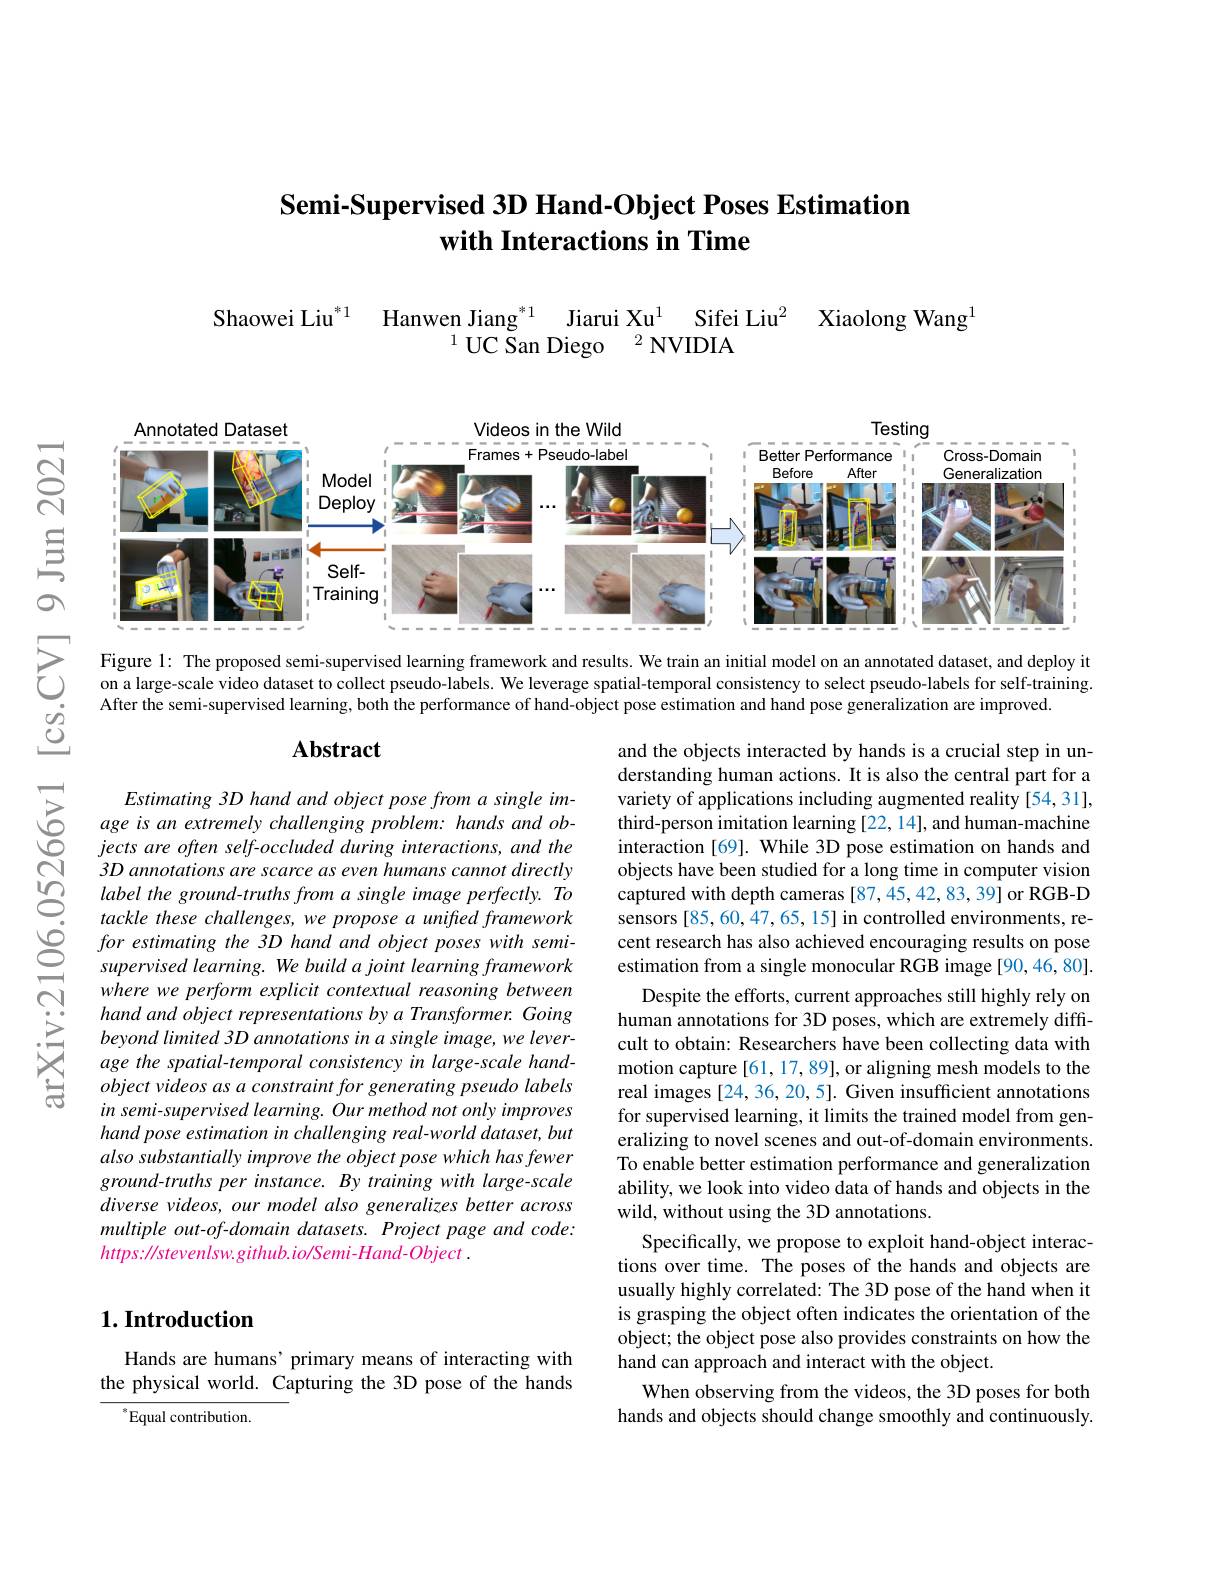
## Semi-Supervised 3D Hand-Object Poses Estimation with Interactions in Time

Jiarui Xu$^{1}$ Sifei Liu$^{2}$ Xiaolong Wang$^{1}$
Shaowei Liu$^{* 1}$ Hanwen Jiang$^{*1}$
$^{1}$UC San Diego$\:^2$NVIDIA

<FigureHere>

Figure 1: The proposed semi-supervised learning framework and results. We train an initial model on an annotated dataset, and deploy it on a large-scale video dataset to collect pseudo-labels. We leverage spatial-temporal consistency to select pseudo-labels for self-training. After the semi-supervised learning, both the performance of hand-object pose estimation and hand pose generalization are improved.

### $\mathbf{Abstract}$

$Estimating3Dhandandobjectposefromasingleim-$ age is an extremely challenging problem: hands and ob- $jectsareoftenself-occludedduringinteractions,andthe$ 3D annotations are scarce as even humans cannot directly label the ground-truths from a single image perfectly. To tackle these challenges, we propose a unified framework for estimating the 3D hand and object poses with semisupervised learning. We build a joint learning framework where we perform explicit contextual reasoning between hand and object representations by a Transformer. Going beyond limited 3D annotations in a single image, we leverage the spatial-temporal consistency in large-scale handobject videos as a constraint for generating pseudo labels in semi-supervised learning. Our method not only improves hand pose estimation in challenging real-world dataset, but also substantially improve the object pose which has fewer ground-truths per instance. By training with large-scale diverse videos, our model also generalizes better across multiple out-of-domain datasets. Project page and code: $https: / / stevenlsw. github. io/ Semi- Hand- Object$ .

and the objects interacted by hands is a crucial step in understanding human actions. It is also the central part for a variety of applications including augmented reality [54,31], third-person imitation learning [22, 14], and human-machine interaction [69]. While 3D pose estimation on hands and objects have been studied for a long time in computer vision captured with depth cameras [87,45,42,83,39] or RGB-D sensors [85,60,47,65,15] in controlled environments, recent research has also achieved encouraging results on pose estimation from a single monocular RGB image [90,46,80].
Despite the efforts, current approaches still highly rely on human annotations for 3D poses, which are extremely difficult to obtain: Researchers have been collecting data with motion capture[61,17,89], or aligning mesh models to the real images [24, 36, 20, 5]. Given insufficient annotations for supervised learning, it limits the trained model from generalizing to novel scenes and out-of-domain environments. To enable better estimation performance and generalization ability, we look into video data of hands and objects in the wild, without using the 3D annotations.
Specifically, we propose to exploit hand-object interactions over time. The poses of the hands and objects are usually highly correlated: The 3D pose of the hand when it is grasping the object often indicates the orientation of the object; the object pose also provides constraints on how the hand can approach and interact with the object.
When observing from the videos, the 3D poses for both hands and objects should change smoothly and continuously.

## $1. \textbf{Introduction}$

Hands are humans’ primary means of interacting with the physical world. Capturing the 3D pose of the hands

$^{*}$Equal contribution.